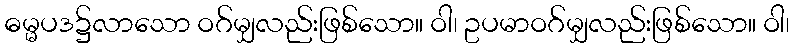
ဓမ္မပဒ၌လာသော ဝဂ်မျှလည်းဖြစ်သော။ ဝါ၊ ဥပမာဝဂ်မျှလည်းဖြစ်သော။ ဝါ၊